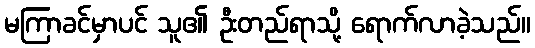
မကြာခင်မှာပင် သူ၏ ဦးတည်ရာသို့ ရောက်လာခဲ့သည်။